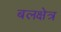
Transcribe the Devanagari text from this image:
बलक्षेत्र